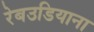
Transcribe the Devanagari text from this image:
रेबउडियाना